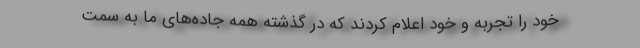
خود را تجربه و خود اعلام کردند که در گذشته همه جاده‌های ما به سمت